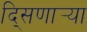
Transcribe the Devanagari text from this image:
दि्सणार्‍या